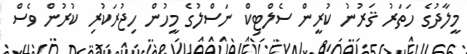
މީލާދުގެ ހަތަރު ޤަރުނު ކުރީން ސެލްޓިކް ނަސްލުގެ މީހުން ހިޖުރަކުރި ކުރުން ވެސް